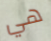
هي